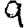
Digit: 9